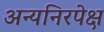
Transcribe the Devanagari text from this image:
अन्यनिरपेक्ष